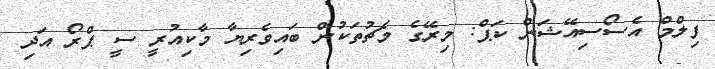
ފިލްމް އެސޯސިއޭޝަން ކަޕް: މިރޭގެ މެޗުތަކުން ބައިވެރިޔާ މާކިއުރީ ސީ ޕްރޯ އަދި